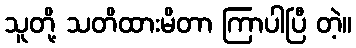
သူတို့ သတိထားမိတာ ကြာပါပြီ တဲ့။